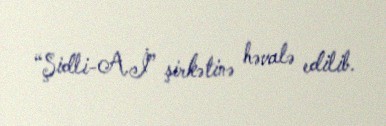
“Şidli-A.İ” şirkətinə həvalə edilib.